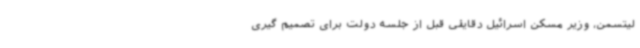
لیتسمن، وزیر مسکن اسرائیل دقایقی قبل از جلسه دولت برای تصمیم گیری